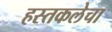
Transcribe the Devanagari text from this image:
हस्तकलेचा